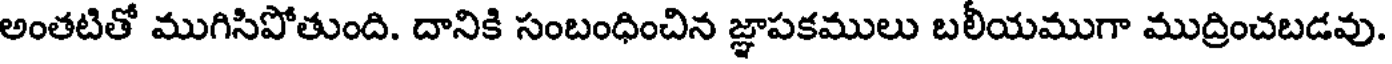
అంతటితో ముగిసిపోతుంది. దానికి సంబంధించిన జ్ఞాపకములు బలీయముగా ముద్రించబడవు.